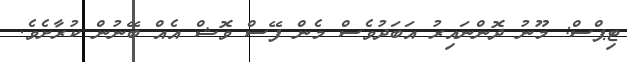
ޓިޕްސް: މޫނު ދޮންނައިރު އަބަދުވެސް މެން ފޭސް ވޮޝް އެއް ބޭނުން ކުރާށެވެ.